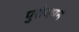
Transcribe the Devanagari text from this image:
पुरोगमन